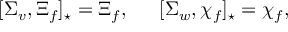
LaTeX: [ \Sigma _ { v } , \Xi _ { f } ] _ { \star } = \Xi _ { f } , \, \, \, \, \, \, \, \, \, [ \Sigma _ { w } , \chi _ { f } ] _ { \star } = \chi _ { f } ,